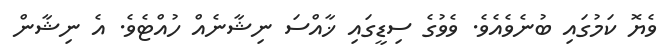
ވެޔޮ ކަމުގައި ބުނެވެއެވެ. ވެވުގެ ސިޑީގައި ޚާއްސަ ނިޝާނެއް ހުއްޓެވެ. އެ ނިޝާން